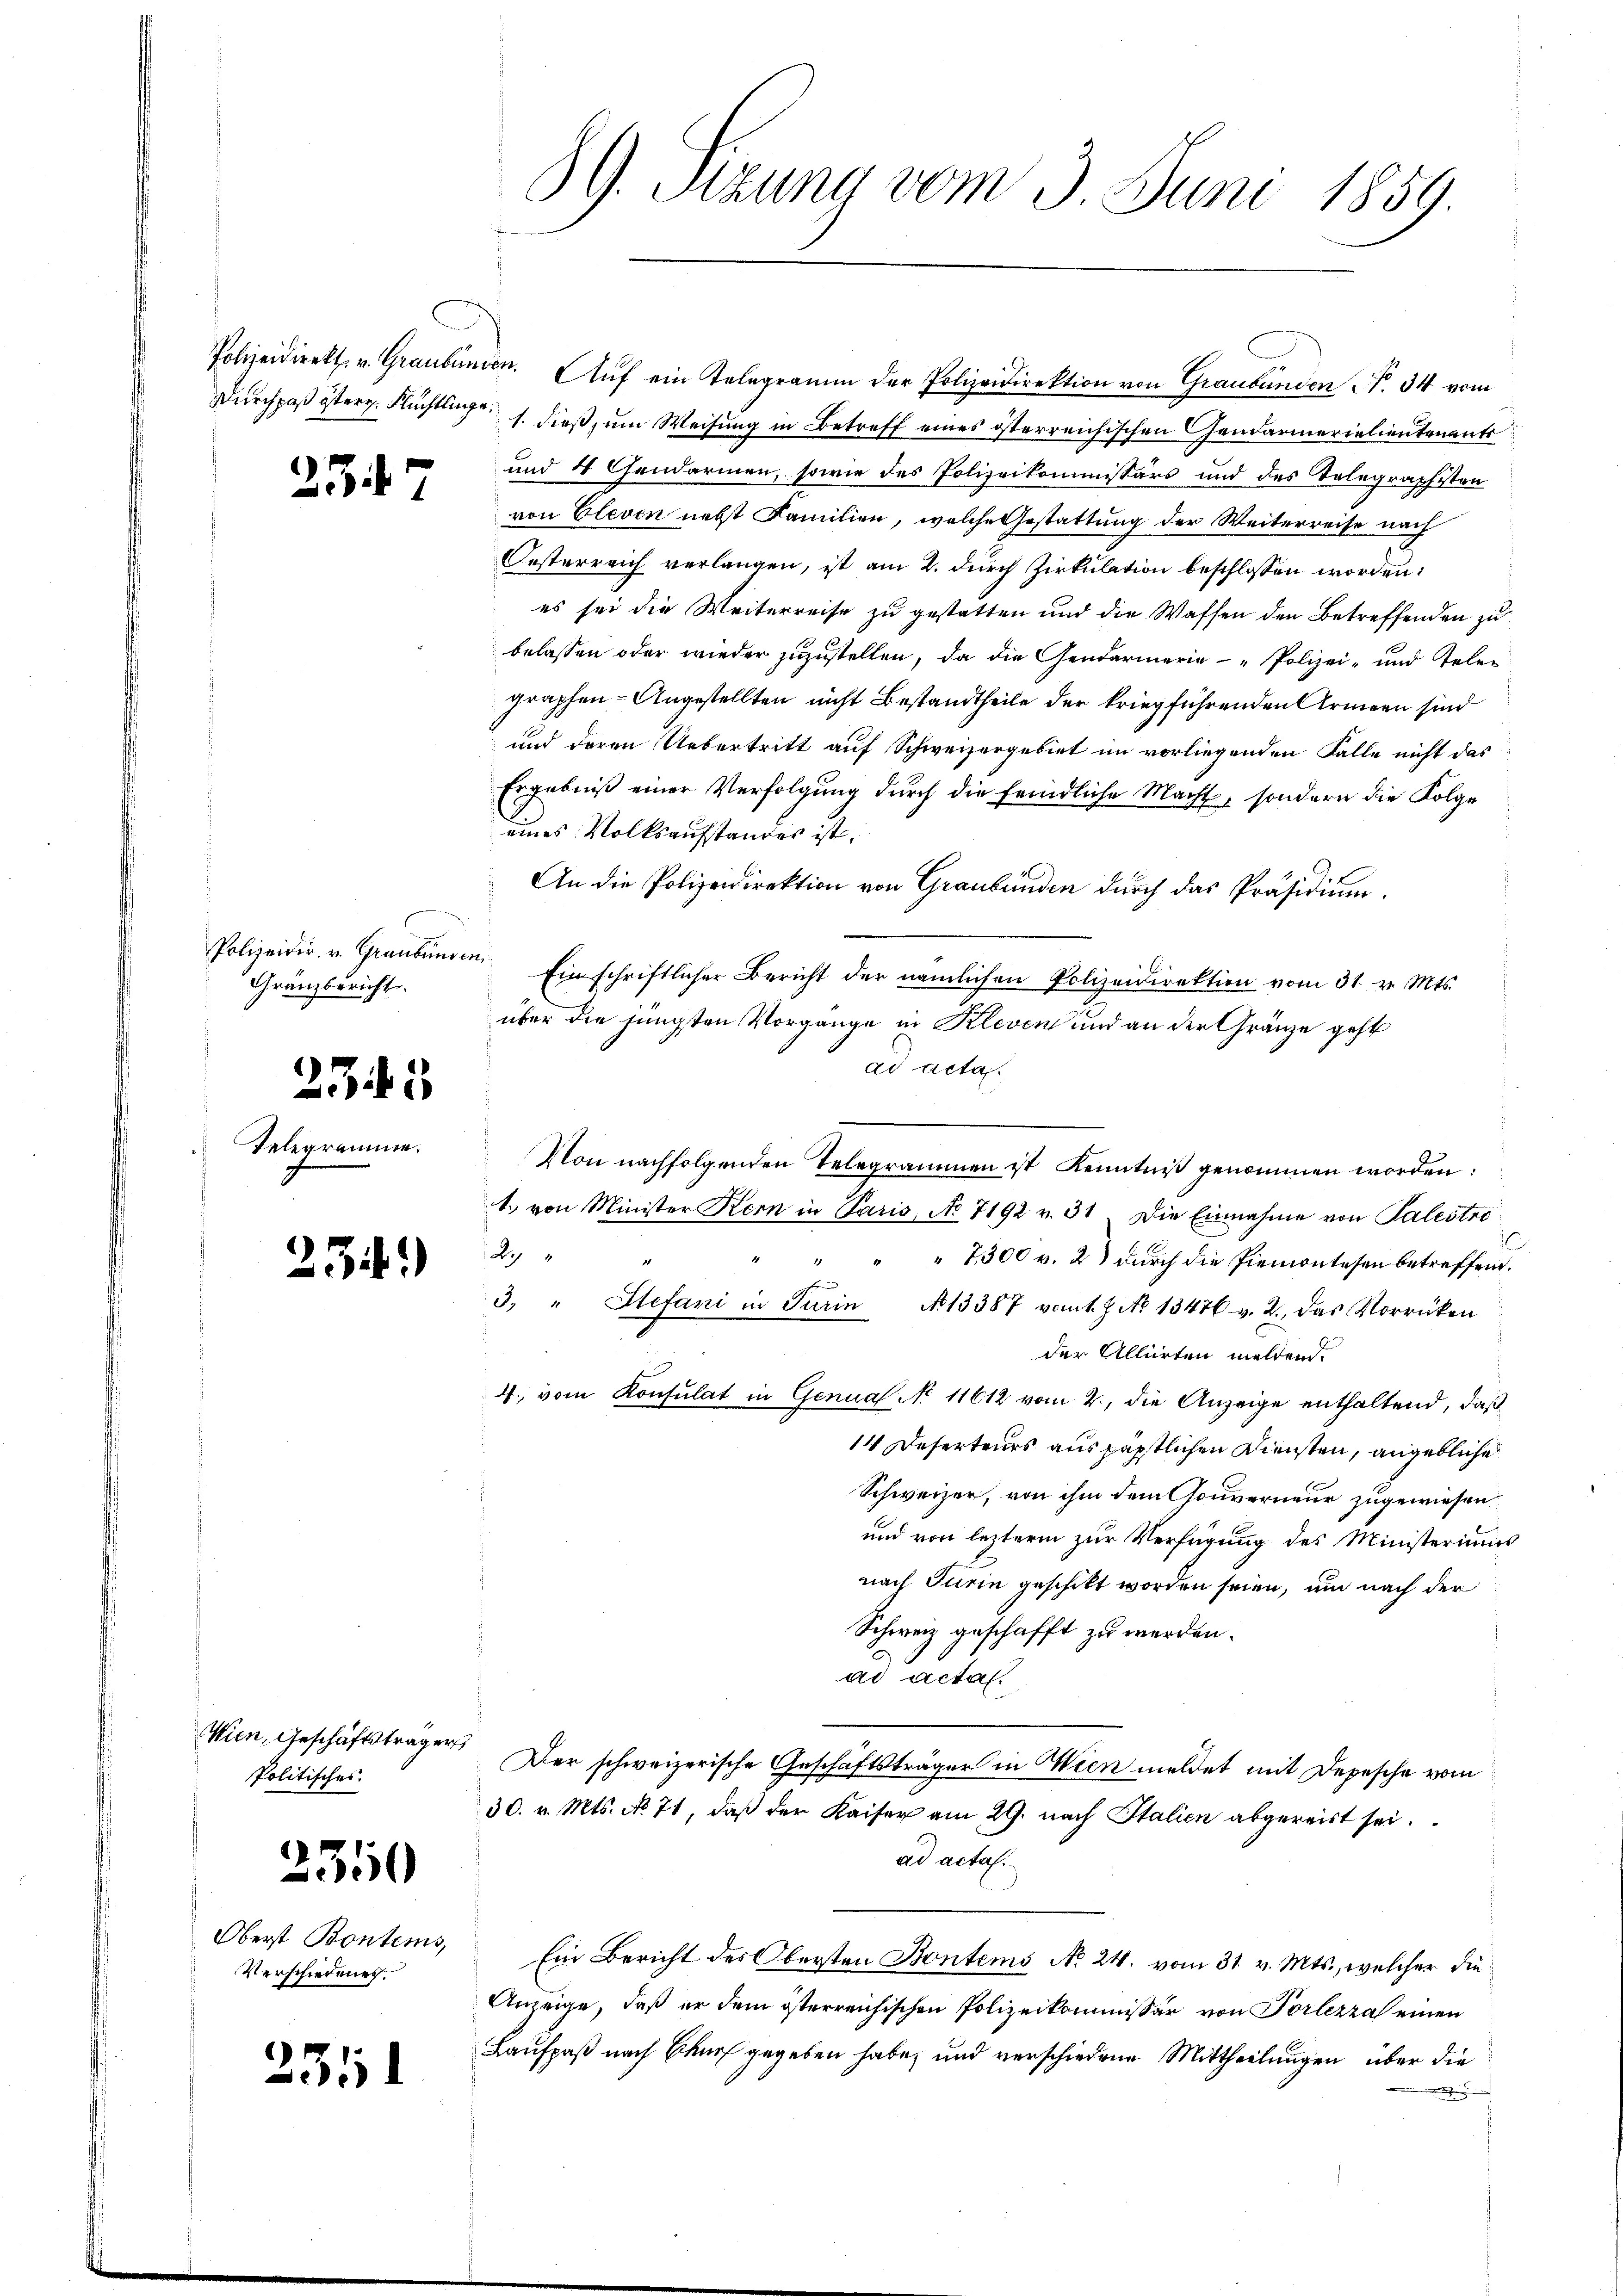
2

23

Gränzbericht.

Telegramme.

n

345

34)

Wien, Geschäftsträger
Politisches.

2350

Oberst Bontems,
Verschiedenes.

2351

Polizeidirekt v. Graubünden. Auf ein Telegramm der Polizeidirektion von Graubünden No. 34 vom
Durchpaß öster. Flüchtlage 1. dieß, um Weisung in Betreff eines österreichischen Gendarmerialientenants
und 4 Gendarmen, sowie des Polizeikommissärs und des Telegraphisten
von Eleven nebst Familien, welche Gestattung der Weiterreise nach
Oesterreich verlangen, ist am 2. dŭrch Zirkŭlation beschlossen worden:
es sei die Weiterreise zu gestatten und die Waffen den Betreffenden zu
belassen oder wieder zuzustellen, da die Gendarmerie-Polizei- und Teler
graphen- Angestellten nicht Bestandtheile der kriegführenden Armeen sind
und deren Uebertritt auf Schweizergebiet im vorliegenden Falle nicht das
Ergebniß einer Verfolgung durch die feindliche Macht, sondern die Folge
eines Volksaufstandes ist.
An die Polizeidirektion von Graubünden durch das Präsidium.
Polizeidir u. Graubünden. Einschriftlicher Bericht der nämlichen Polizeidirektion vom 31. v. Mts.
über die jüngsten Vorgänge in Kleven und an der Gränze geht
ad acta.
Von nachfolgenden Telegrammen ist Kenntniß genommen worden:
1. von Minister Kern in Paris, No 7192 v. 31 Die Einnahme von Palestri
2
" " " 7300 v. 2) durch die Piemontesen betreffen.

3. " Stefani in Turin No 13387 vom 1. Z. No 13476 v. 2. das Vorrücken
der Alliirten meldend.
4. vom Konsulat in Genual No 11612 vom 2., die Anzeige enthaltend, daß
14 Deserteurs aus päpstlichen Diensten, angebliche
Schweizer, von ihm dem Couverneur zugewiesen.
und von lezterm zur Verfügung des Ministeriums
nach Turin geschikt worden seien, um nach der
Schweiz geschafft zu werden.
2
ad actal.
Der schweizerische Geschäftsträger in Wien meldet mit Depesche vom
30. v. Mts. No 71, daß der Kaiser am 29. nach Italien abgereist sei.
ad acta.
Ein Bericht des Obersten Kontems No 24. vom 31. v. Mts., welcher die
Anzeige, daß er dem österreichischen Polizeikommissär von Portezza einen
Laufpaß nach Ecker gegeben habe, und verschiedene Mittheilungen über die
.

G. Stzung vom 3. Juni 1859.